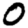
Digit: 0